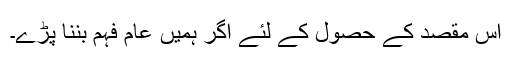
اس مقصد کے حصول کے لئے اگر ہمیں عام فہم بننا پڑے۔